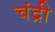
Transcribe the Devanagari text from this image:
चंद्री